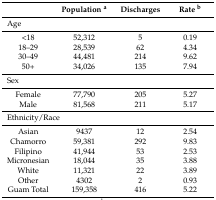
|  | Population a | Discharges | Rate b |
 | --- | --- | --- | --- |
 | <COLSPAN=4> Age |
 | <18 | 52,312 | 5 | 0.19 |
 | 18–29 | 28,539 | 62 | 4.34 |
 | 30–49 | 44,481 | 214 | 9.62 |
 | 50+ | 34,026 | 135 | 7.94 |
 | <COLSPAN=4> Sex |
 | Female | 77,790 | 205 | 5.27 |
 | Male | 81,568 | 211 | 5.17 |
 | <COLSPAN=4> Ethnicity/Race |
 | Asian | 9437 | 12 | 2.54 |
 | Chamorro | 59,381 | 292 | 9.83 |
 | Filipino | 41,944 | 53 | 2.53 |
 | Micronesian | 18,044 | 35 | 3.88 |
 | White | 11,321 | 22 | 3.89 |
 | Other | 4302 | 2 | 0.93 |
 | Guam Total | 159,358 | 416 | 5.22 |